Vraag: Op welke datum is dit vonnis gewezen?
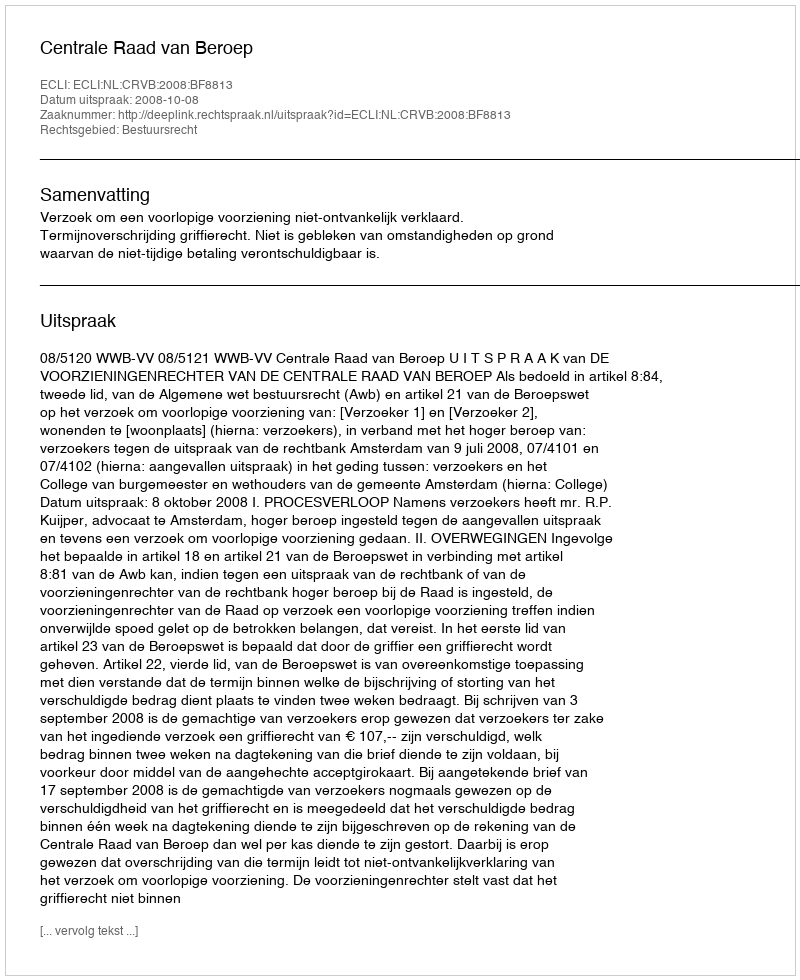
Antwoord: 2008-10-08